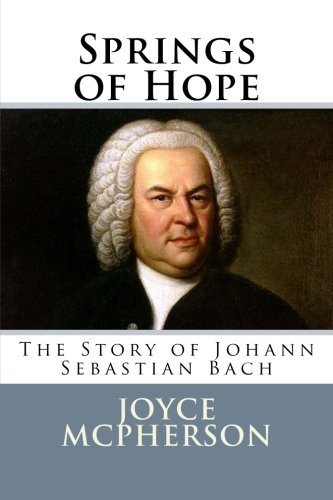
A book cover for Springs of Hope: The Story of Johann Sebastian Bach (Joyce McPherson biographies); Joyce McPherson; Teen & Young Adult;